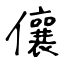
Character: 儴